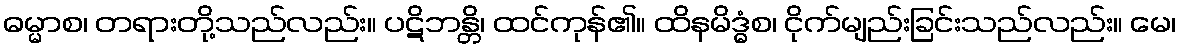
ဓမ္မာစ၊ တရားတို့သည်လည်း။ ပဋိဘန္တိ၊ ထင်ကုန်၏။ ထိနမိဒ္ဓံစ၊ ငိုက်မျည်းခြင်းသည်လည်း။ မေ၊